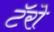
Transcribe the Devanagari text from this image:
टॅरो